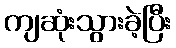
ကျဆုံးသွားခဲ့ပြီး